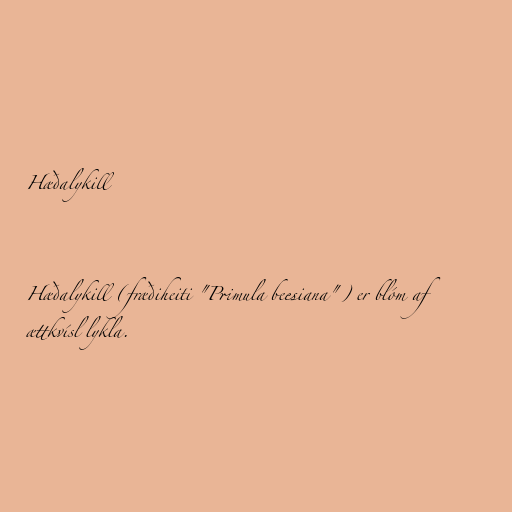
Hæðalykill

Hæðalykill (fræðiheiti "Primula beesiana") er blóm af
ættkvísl lykla.